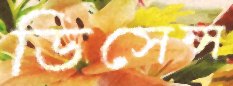
ডিসেন্স